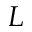
L